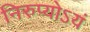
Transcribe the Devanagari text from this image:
निरुप्योऽयं